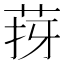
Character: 𦯙